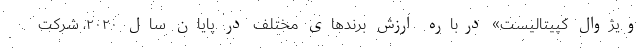
ویژوال کپیتالیست» درباره ارزش برندهای مختلف در پایان سال ۲۰۲۰، شرکت